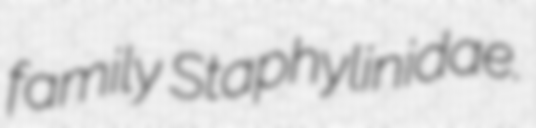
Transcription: family Staphylinidae.